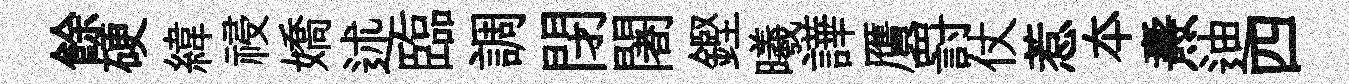
餘硬緯祲嬌述臨調閉闍鏗曦譁贋罸仗惹夲燾迪四